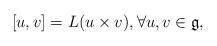
LaTeX: \begin{align*} [u,v] = L(u\times v),\forall u,v\in \mathfrak{g},\end{align*}